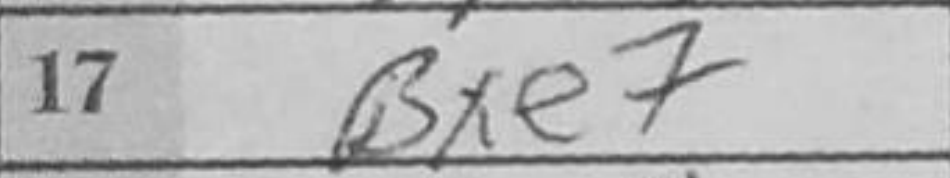
Transcription: Bxe7